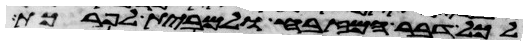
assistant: לכל דבר המזבח ולמבית לפרכת